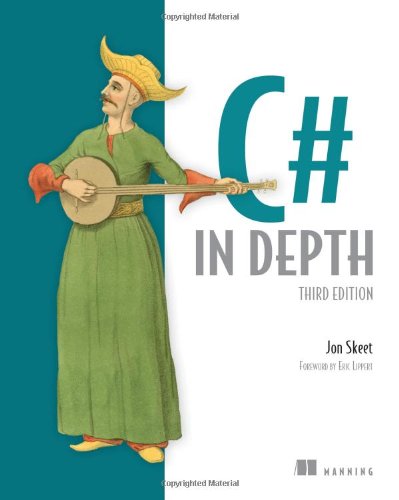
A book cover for C# in Depth, 3rd Edition; Jon Skeet; Computers & Technology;